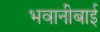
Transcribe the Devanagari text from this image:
भवानीबाई